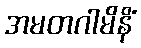
အမတဂါမိနိံ